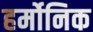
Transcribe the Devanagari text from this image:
हर्मोनिक